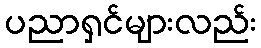
ပညာရှင်များလည်း